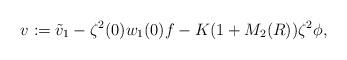
LaTeX: \begin{align*}v:= \tilde v_1 - \zeta^2(0)w_1(0) f - K(1 + M_2(R))\zeta^2\phi,\end{align*}